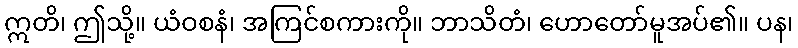
ဣတိ၊ ဤသို့။ ယံဝစနံ၊ အကြင်စကားကို။ ဘာသိတံ၊ ဟောတော်မူအပ်၏။ ပန၊